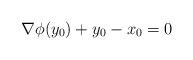
LaTeX: \begin{align*}\nabla \phi(y_0) + y_0 - x_0 = 0\end{align*}